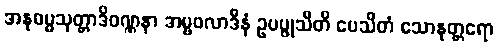
အနုဓမ္မသုတ္တာဒိဝဏ္ဏနာ အမ္ဗဖလာဒီနံ ဥပပ္ဖုသီတိ ပေသိတံ သောနုတ္တရော